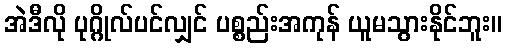
အဲဒီလို ပုဂ္ဂိုလ်ပင်လျှင် ပစ္စည်းအကုန် ယူမသွားနိုင်ဘူး။